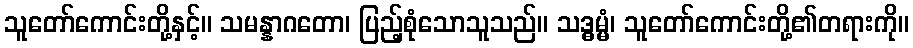
သူတော်ကောင်းတို့နှင့်။ သမန္နာဂတော၊ ပြည့်စုံသောသူသည်။ သဒ္ဓမ္မံ၊ သူတော်ကောင်းတို့၏တရားကို။